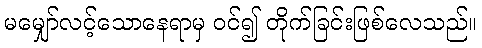
မမျှော်လင့်သောနေရာမှ ဝင်၍ တိုက်ခြင်းဖြစ်လေသည်။